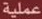
عملية